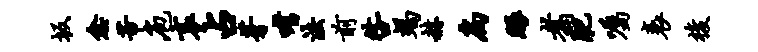
坂愈芾庖哀占芽嗜法前咎竭赫扃眼翥肥嘱衰梭